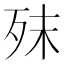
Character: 𣧣